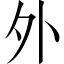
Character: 外